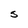
Character: S